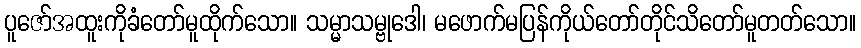
ပူဇော်အထူးကိုခံတော်မူထိုက်သော။ သမ္မာသမ္ဗုဒေါ၊ မဖောက်မပြန်ကိုယ်တော်တိုင်သိတော်မူတတ်သော။